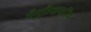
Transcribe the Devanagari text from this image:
मैनुफ़ैकचरिंग